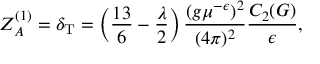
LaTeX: Z _ { A } ^ { ( 1 ) } = \delta _ { \mathrm { T } } = \left( \frac { 1 3 } 6 - \frac \lambda 2 \right) \frac { ( g \mu ^ { - \epsilon } ) ^ { 2 } } { ( 4 \pi ) ^ { 2 } } \frac { C _ { 2 } ( G ) } { \epsilon } ,